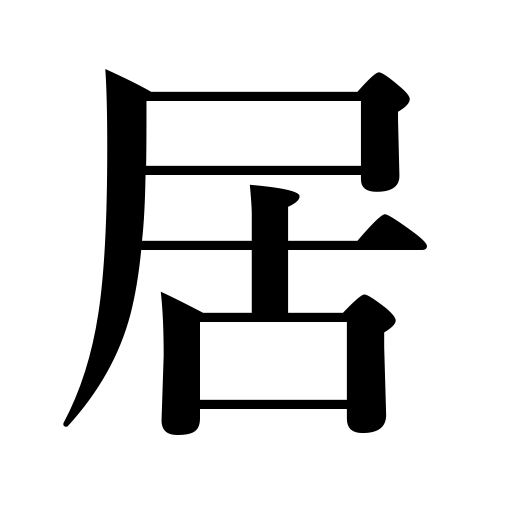
Meanings: stay in,remain sitting,be present,inhabit,be,live with,residence,be found in,exist,reside